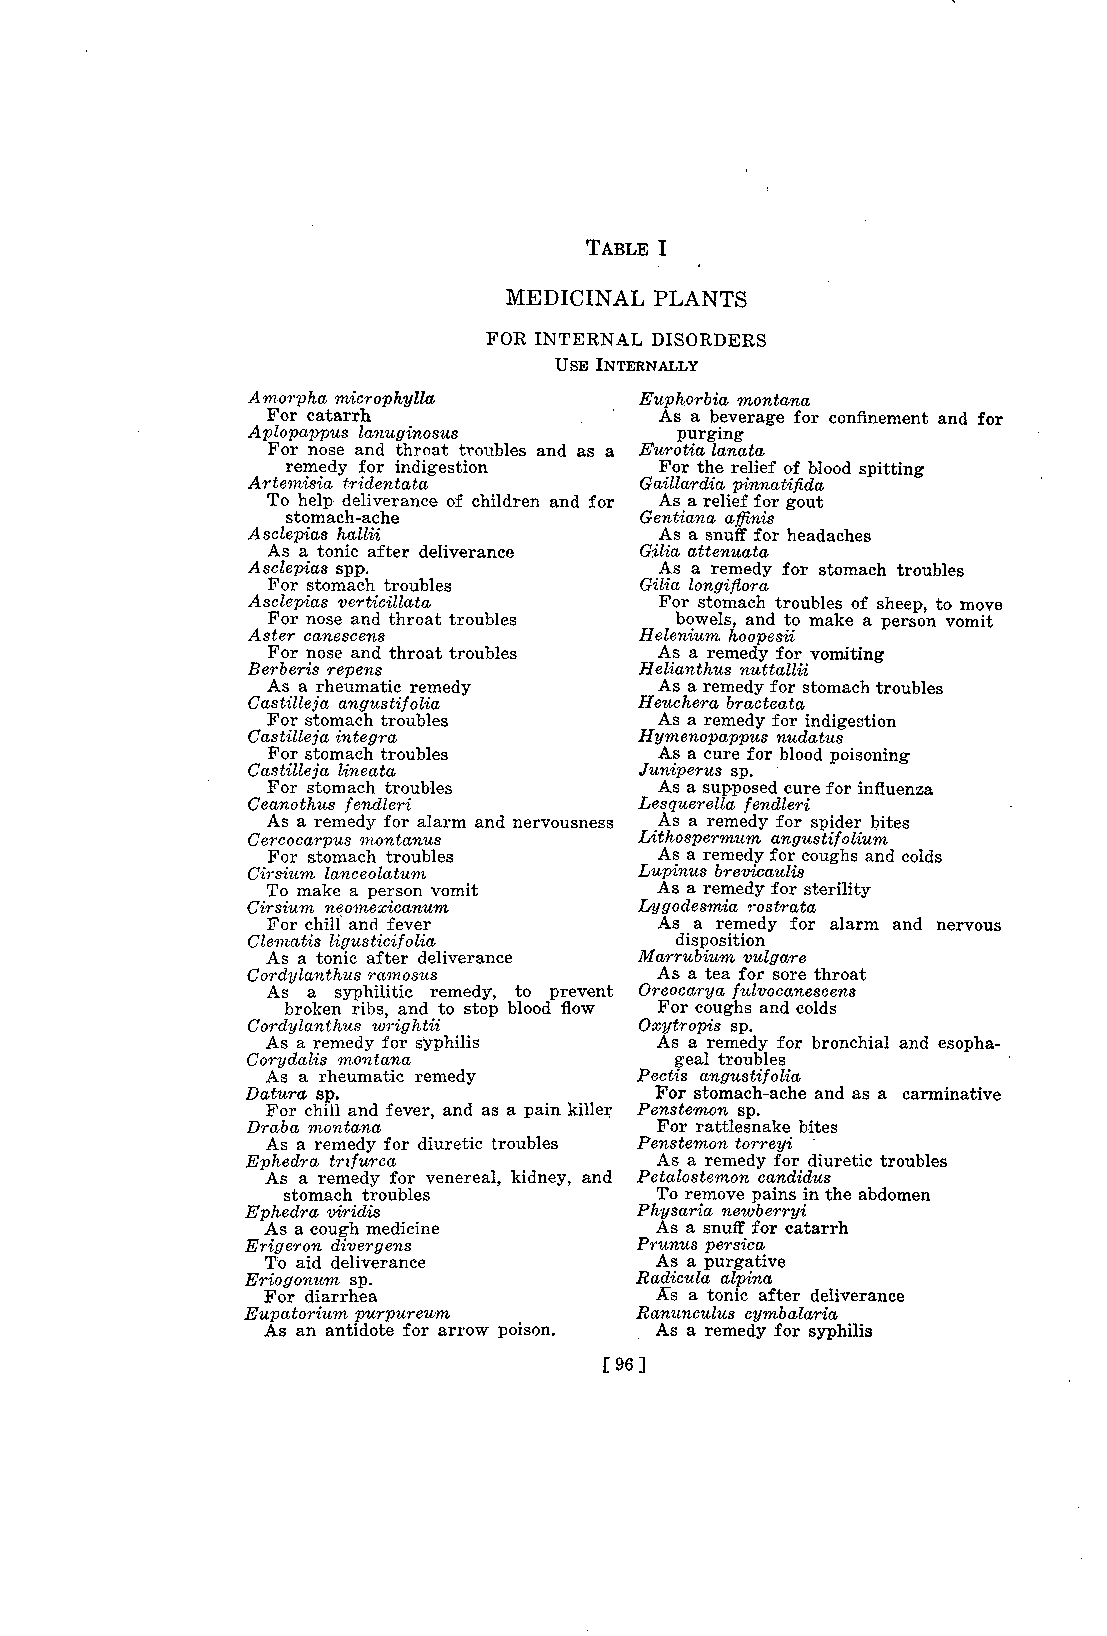
TABLE I
 MEDICINAL PLANTS
 FOR INTERNAL DISORDERS
 USE INTERNALLY
 Amorpha microph,ylla      Euphorbia montana
 For catarrh               As a beverage for confinement and for
 Aplopappus lanuginosus       purging
 For nose and throat troubles and as a Eurotia lanata
 remedy for indigestion   For the relief of blood spitting
 Artemisia tridentata      Gaillardia pinnatifida
 To help deliverance of children and for As a relief for gout
 stomach-ache           Gentiane, affinis
 Asclepias hallii            As a snuff for headaches
 As a tonic after deliverance Gilia attenuate
 Asclepias spp.              As a remedy for stomach troubles
 For stomach troubles    Gilia longifiora
 Asclepias verticillata      For stomach troubles of sheep, to move
 For nose and throat troubles bowels, and to make a person vomit
 Aster canescens           Helenium h,00pesii
 For nose and throat troubles As a remedy for vomiting
 Berberis repens           Helianthus nuttallii
 As a rheumatic remedy     As a remedy for stomach troubles
 Castille ja angustif olia Heuchera bracteata
 For stomach troubles      As a remedy for indigestion
 Castilleja integra        Hymenopappus nudatus
 For stomach troubles      As a cure for blood poisoning
 Castilleja lineata        Juniperus sp.
 For stomach troubles      As a supposed cure for influenza
 Ceano thus f endleri      Les querella fendleri
 As a remedy for alarm and nervousness As a remedy for spider bites
 Cercocarpus montanus      Litho spermum an gus tif olium
 For stomach troubles      As a remedy for coughs and colds
 Cirsium lanceolatum       Lupinus brevicaulis
 To make a person vomit    As a remedy for sterility
 Cirsium neomexicanum      Lyyodesmia rostrata
 For chill and fever       As a remedy for alarm and nervous
 Clematis ligusticifolia      disposition
 As a tonic after deliverance Marrubium vulgare
 Cord ylanthus ram osus      As a tea for sore throat
 As a syphilitic remedy, to prevent Oreocarya fulvocanescens
 broken ribs, and to stop blood flow For coughs and colds
 Cordylanihus wrightii     Oxytropis sp.
 As a remedy for syphilis As a remedy for bronchial and esopha-
 Corydalis montana            geal troubles
 As a rheumatic remedy   Pectis angustifolia
 Datura sp.                 For stomach-ache and as a carminative
 For chill and fever, and as a pain killer Pens temon sp.
 Draba montana               For rattlesnake bites
 As a remedy for diuretic troubles Pens temon torreyi
 Ephedra trlfurca           As a remedy for diuretic troubles
 As a remedy for venereal, kidney, and Petalostemon candidus
 stomach troubles        To remove pains in the abdomen
 Ephedra viridis           Physaria newberryi
 As a cough medicine      As a snuff for catarrh
 Erigeron divergens        Prunus persica
 To aid deliverance       As a purgative
 Eriogonum sp.             Radicula alpina
 For diarrhea             Xs a tonic after deliverance
 Eupatorium purpurewm      Ranunculus cymbalaria
 As an antidote for arrow poison. As a remedy for syphilis
 [ 96 ]